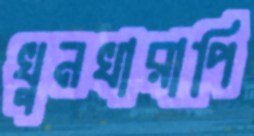
খুনখারাপি